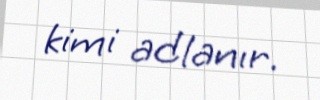
kimi adlanır.